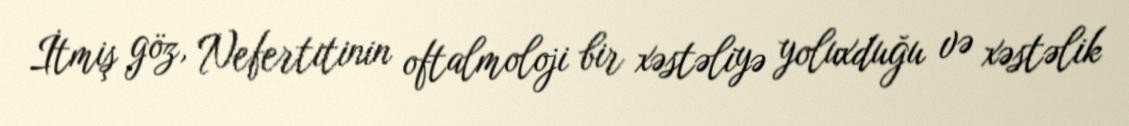
İtmiş göz, Nefertitinin oftalmoloji bir xəstəliyə yoluxduğu və xəstəlik